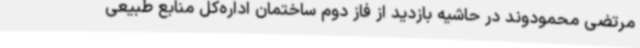
مرتضی محمودوند در حاشیه بازدید از فاز دوم ساختمان اداره‌کل منابع طبیعی